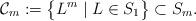
LaTeX: \begin{align*}\mathcal{C}_{m}:=\bigl\{L^{m} \mid L \in S_1\bigr\}\subset S_{m}.\end{align*}